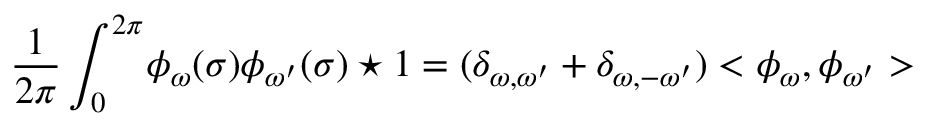
\frac { 1 } { 2 \pi } \int _ { 0 } ^ { 2 \pi } \! \phi _ { \omega } ( \sigma ) \phi _ { \omega ^ { \prime } } ( \sigma ) \star 1 = ( \delta _ { \omega , \omega ^ { \prime } } + \delta _ { \omega , - \omega ^ { \prime } } ) < \phi _ { \omega } , \phi _ { \omega ^ { \prime } } >